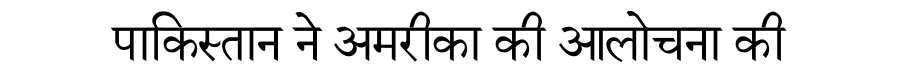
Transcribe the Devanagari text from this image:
पाकिस्तान ने अमरीका की आलोचना की